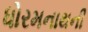
ધોરમનાથની